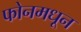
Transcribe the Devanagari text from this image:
फोनमधून